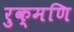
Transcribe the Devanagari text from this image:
रुक्मणि